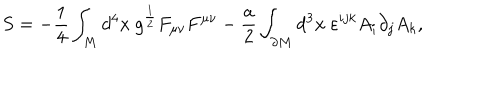
S = - \frac 1 4 \int _ { M } d ^ { 4 } x \ g ^ { \frac 1 2 } F _ { \mu \nu } F ^ { \mu \nu } - \frac a 2 \int _ { \partial M } d ^ { 3 } x \ \varepsilon ^ { i j k } A _ { i } \partial _ { j } A _ { k } ,